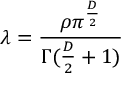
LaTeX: \lambda = { \frac { \rho \pi ^ { \frac { D } { 2 } } } { \Gamma ( { \frac { D } { 2 } } + 1 ) } }